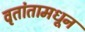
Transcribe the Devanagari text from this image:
वृतांतामधून